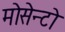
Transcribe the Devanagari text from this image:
मोसेन्टो